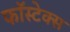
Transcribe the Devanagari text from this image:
फॉस्टेक्स